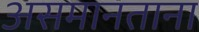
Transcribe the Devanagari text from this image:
असमानताना